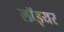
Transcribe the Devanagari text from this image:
लॉइयर